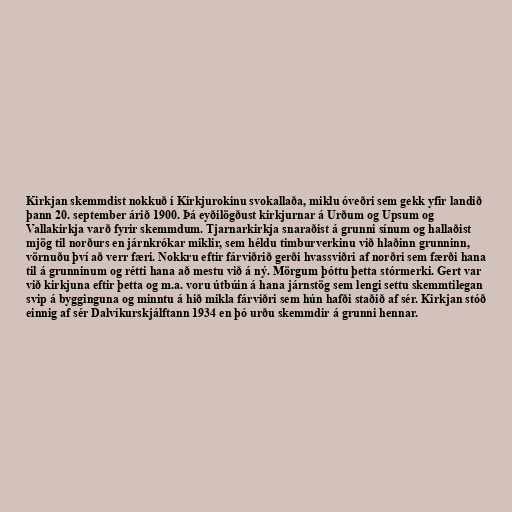
Kirkjan skemmdist nokkuð í Kirkjurokinu svokallaða, miklu óveðri sem gekk yfir landið
þann 20. september árið 1900. Þá eyðilögðust kirkjurnar á Urðum og Upsum og
Vallakirkja varð fyrir skemmdum. Tjarnarkirkja snaraðist á grunni sínum og hallaðist
mjög til norðurs en járnkrókar miklir, sem héldu timburverkinu við hlaðinn grunninn,
vörnuðu því að verr færi. Nokkru eftir fárviðrið gerði hvassviðri af norðri sem færði hana
til á grunninum og rétti hana að mestu við á ný. Mörgum þóttu þetta stórmerki. Gert var
við kirkjuna eftir þetta og m.a. voru útbúin á hana járnstög sem lengi settu skemmtilegan
svip á bygginguna og minntu á hið mikla fárviðri sem hún hafði staðið af sér. Kirkjan stóð
einnig af sér Dalvíkurskjálftann 1934 en þó urðu skemmdir á grunni hennar.